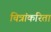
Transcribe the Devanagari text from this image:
चित्रांकरिता